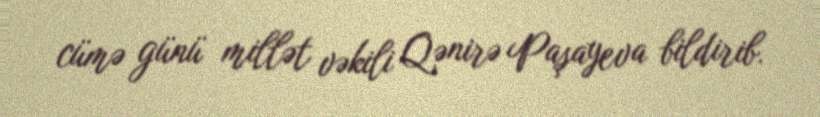
cümə günü millət vəkili Qənirə Paşayeva bildirib.